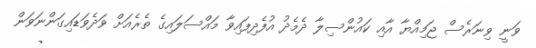
ވަނީ ވިނަރެސް ޖަމިއްޔާ އާއި ކައުންސިލާ ދެމެދު އުފެދިފައިވާ މައްސަލައިގެ ތެރެއަށް ވަދެވަޑައިގަންނަވަން